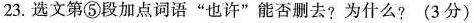
23.选文第⑤段加点词语”也许”能否测去?为什么?(3分)